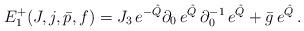
LaTeX: \begin{align*}E_1^+ (J,j,\bar{p},f) = J_3\, e^{-\hat{Q}} \partial_0\, e^{\hat{Q}}\, \partial_0^{-1}\, e^{\hat{Q}} + \bar{g}\, e^{\hat{Q}}\, .\end{align*}